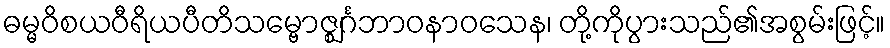
ဓမ္မဝိစယဝီရိယပီတိသမ္ဗောဇ္ဈင်္ဂဘာဝနာဝသေန၊ တို့ကိုပွားသည်၏အစွမ်းဖြင့်။